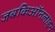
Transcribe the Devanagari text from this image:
जबकिऑनलाइन